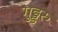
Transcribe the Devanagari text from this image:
गुड्डरु